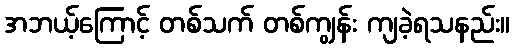
အဘယ့်ကြောင့် တစ်သက် တစ်ကျွန်း ကျခဲ့ရသနည်း။